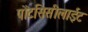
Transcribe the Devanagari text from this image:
पोंटसिसीलाईट